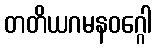
တတိယဂမနဝဂ္ဂေါ